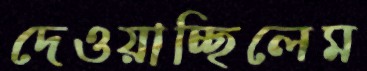
দেওয়াচ্ছিলেম